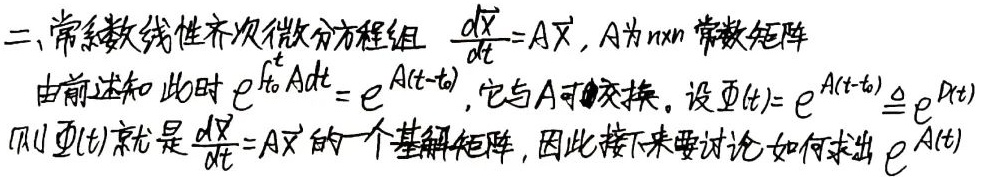
二、常系数线性齐次微分方程组\(\frac{d\vec{x}}{dt}=A\vec{x}\)，\(A\)为\(n \times n\)常数矩阵。由前述知此时\(e^{\int_{t_0}^{t}A dt}=e^{A(t - t_0)}\)，它与\(A\)可交换。设\(\varPhi(t)=e^{A(t - t_0)}\triangleq e^{P(t)}\)，则\(\varPhi(t)\)就是\(\frac{d\vec{x}}{dt}=A\vec{x}\)的一个基解矩阵，因此接下来要讨论如何求出\(e^{A(t)}\)。